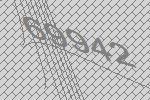
69942